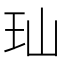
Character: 𬍑